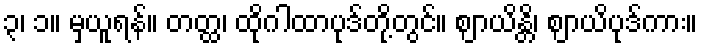
၃၊ ၁။ မှယူရန်။ တတ္ထ၊ ထိုဂါထာပုဒ်တို့တွင်။ ဈာယိန္တိ၊ ဈာယိပုဒ်ကား။